Scottish Leaving Certificate Examination, 1953
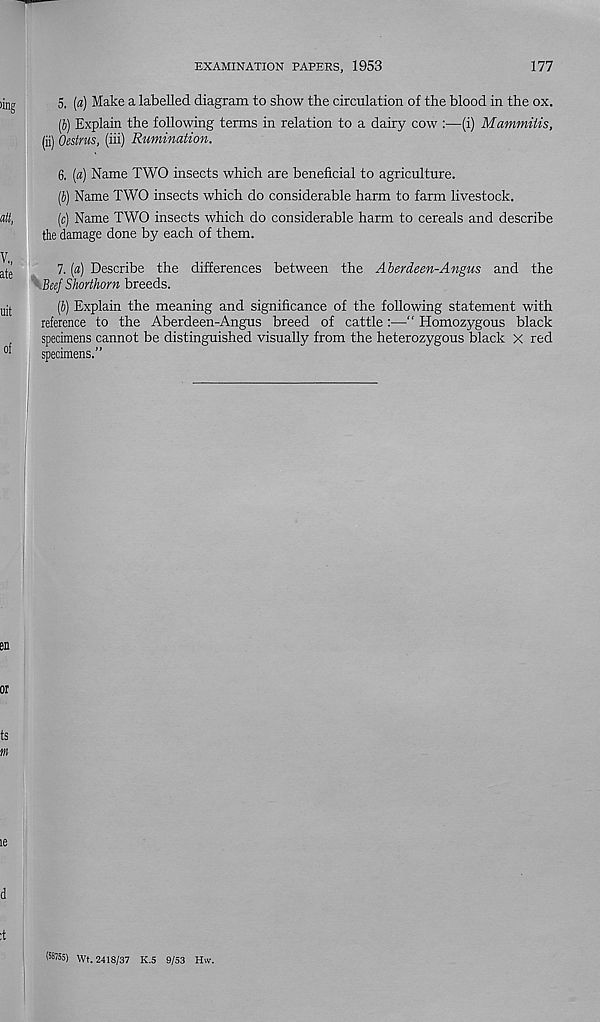
EXAMINATION PAPERS, 1953
177
5, (a) Make a labelled diagram to show the circulation of the blood in the ox.
(b) Explain the following terms in relation to a dairy cow :—(i) Mammilis,
(ii) Oestrus, (iii) Rumination.
6, [a] Name TWO insects which are beneficial to agriculture.
[b) Name TWO insects which do considerable harm to farm livestock.
(c) Name TWO insects which do considerable harm to cereals and describe
the damage done by each of them.
7, [a) Describe the differences between the Aberdeen-Angus and the
Beef Shorthorn breeds.
(b) Explain the meaning and significance of the following statement with
reference to the Aberdeen-Angus breed of cattle :—•“ Homozygous black
specimens cannot be distinguished visually from the heterozygous black X red
specimens.”
(58755) Wt. 2418/37 K.5 9/53 Hw.